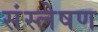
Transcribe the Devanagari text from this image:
संस्लेषण